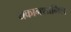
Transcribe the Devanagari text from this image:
थकानशामिल